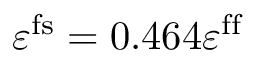
\varepsilon ^ { \mathrm { f s } } = 0 . 4 6 4 \varepsilon ^ { \mathrm { f f } }